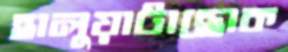
হালুয়াটাছোক